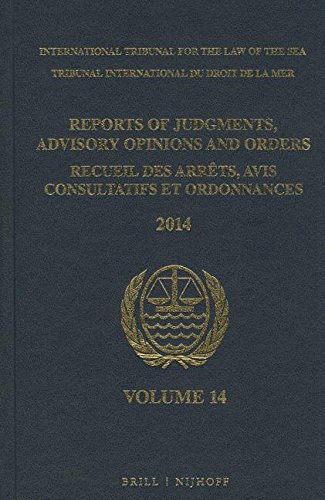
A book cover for Reports of Judgments, Advisory Opinions and Orders / Recueil Des Arrets, Avis Consultatifs Et Ordonnances, Volume 14 (2014); Law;